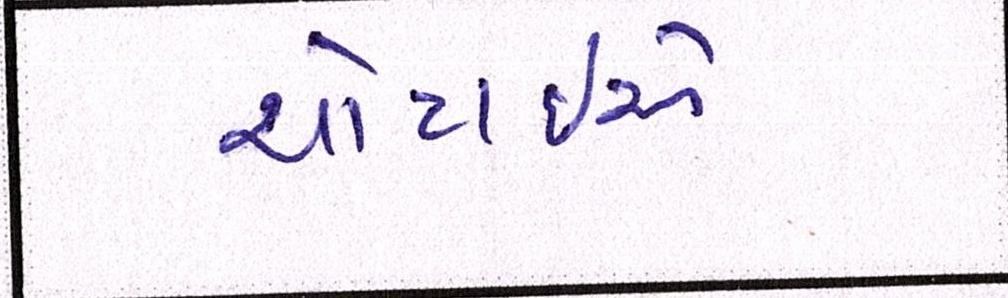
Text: ચોટાઇએ